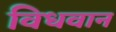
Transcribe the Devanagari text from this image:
विधवान